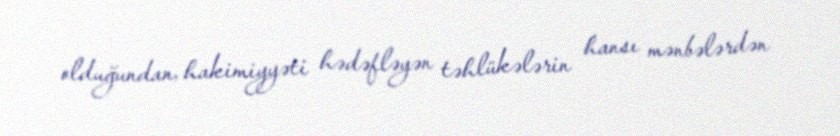
olduğundan, hakimiyyəti hədəfləyən təhlükələrin hansı mənbələrdən